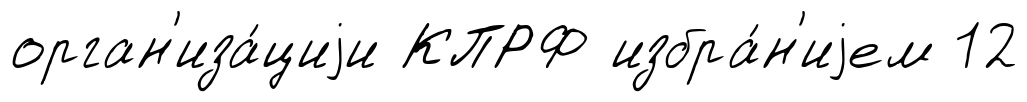
орган'иза́циjи КПРФ избра́н'иjем 12